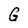
Character: G